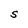
Character: S